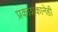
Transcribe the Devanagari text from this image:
प्रकाशकानेही